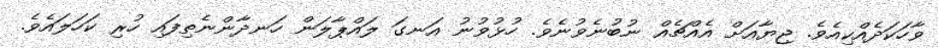
ވާހަކަދެއްކިއެވެ. ޖިޔާއަށް އެއްޗެއް ނުބުނެވުނެވެ. ހުޅުވުނު އަނގަ ލައްޕާލަން ހަނދާންނެތިފައި ހުރި ކަހަލައެވެ.